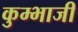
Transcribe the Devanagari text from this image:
कुम्भाजी